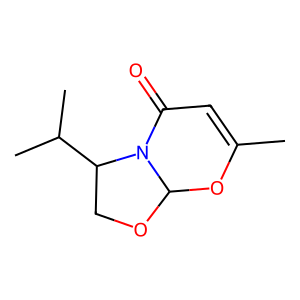
SMILES: CC1=CC(=O)N2C(OCC2C(C)C)O1
Inhibits HIV replication: No